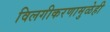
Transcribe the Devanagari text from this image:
विलगीकरणामुळेही